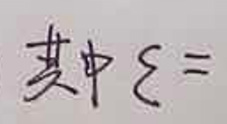
其中 $\xi =$